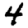
Digit: 4